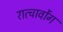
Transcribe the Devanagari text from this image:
रात्चावोंग